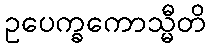
ဥပေက္ခကောသ္မီတိ